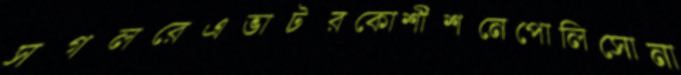
সগলরেএভাটরকোশীশনেপোলিসোনা